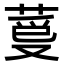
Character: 𦳡